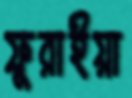
ফুরাইয়া